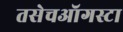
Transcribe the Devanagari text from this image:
तसेचऑगस्टा